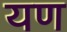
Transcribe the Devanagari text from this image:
यण